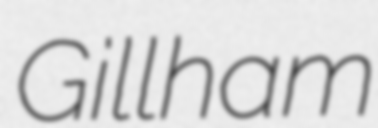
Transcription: Gillham